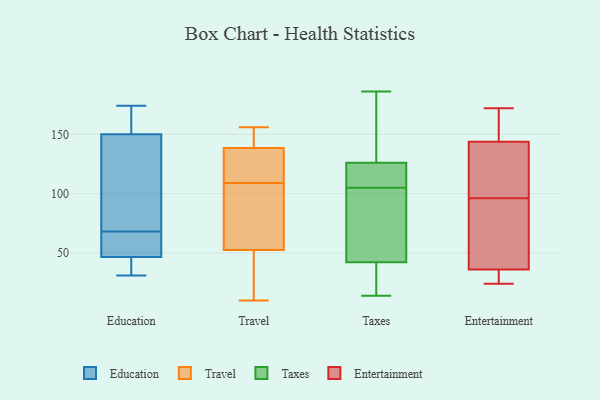
{"axis": {"x": "Conversion Rate (%)", "y": "Value"}, "legend": ["Education", "Entertainment", "Taxes", "Travel"], "data": [{"x": "", "y": 68, "type": "Education"}, {"x": "", "y": 174, "type": "Education"}, {"x": "", "y": 51, "type": "Education"}, {"x": "", "y": 45, "type": "Education"}, {"x": "", "y": 153, "type": "Education"}, {"x": "", "y": 56, "type": "Education"}, {"x": "", "y": 150, "type": "Education"}, {"x": "", "y": 150, "type": "Education"}, {"x": "", "y": 31, "type": "Education"}, {"x": "", "y": 95, "type": "Education"}, {"x": "", "y": 36, "type": "Education"}, {"x": "", "y": 126, "type": "Travel"}, {"x": "", "y": 156, "type": "Travel"}, {"x": "", "y": 90, "type": "Travel"}, {"x": "", "y": 15, "type": "Travel"}, {"x": "", "y": 137, "type": "Travel"}, {"x": "", "y": 144, "type": "Travel"}, {"x": "", "y": 13, "type": "Travel"}, {"x": "", "y": 90, "type": "Travel"}, {"x": "", "y": 121, "type": "Travel"}, {"x": "", "y": 97, "type": "Travel"}, {"x": "", "y": 10, "type": "Travel"}, {"x": "", "y": 140, "type": "Travel"}, {"x": "", "y": 176, "type": "Taxes"}, {"x": "", "y": 14, "type": "Taxes"}, {"x": "", "y": 115, "type": "Taxes"}, {"x": "", "y": 112, "type": "Taxes"}, {"x": "", "y": 129, "type": "Taxes"}, {"x": "", "y": 117, "type": "Taxes"}, {"x": "", "y": 113, "type": "Taxes"}, {"x": "", "y": 175, "type": "Taxes"}, {"x": "", "y": 26, "type": "Taxes"}, {"x": "", "y": 55, "type": "Taxes"}, {"x": "", "y": 105, "type": "Taxes"}, {"x": "", "y": 138, "type": "Taxes"}, {"x": "", "y": 186, "type": "Taxes"}, {"x": "", "y": 40, "type": "Taxes"}, {"x": "", "y": 38, "type": "Taxes"}, {"x": "", "y": 81, "type": "Taxes"}, {"x": "", "y": 66, "type": "Taxes"}, {"x": "", "y": 36, "type": "Taxes"}, {"x": "", "y": 49, "type": "Taxes"}, {"x": "", "y": 48, "type": "Entertainment"}, {"x": "", "y": 172, "type": "Entertainment"}, {"x": "", "y": 24, "type": "Entertainment"}, {"x": "", "y": 68, "type": "Entertainment"}, {"x": "", "y": 147, "type": "Entertainment"}, {"x": "", "y": 150, "type": "Entertainment"}, {"x": "", "y": 134, "type": "Entertainment"}, {"x": "", "y": 112, "type": "Entertainment"}, {"x": "", "y": 96, "type": "Entertainment"}, {"x": "", "y": 24, "type": "Entertainment"}, {"x": "", "y": 32, "type": "Entertainment"}]}